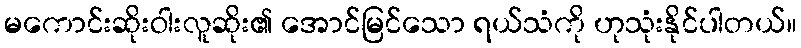
မကောင်းဆိုးဝါးလူဆိုး၏ အောင်မြင်သော ရယ်သံကို ဟုသုံးနိုင်ပါတယ်။